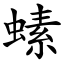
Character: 螦